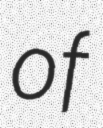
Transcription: of